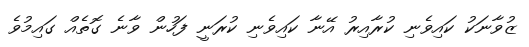
ޒުވާނަކު ކައިވެނި ކުރާއިރު އޭނާ ކައިވެނި ކުރަނީ ފަހުން ވާނެ ގޮތެއް ގައިމުވެ